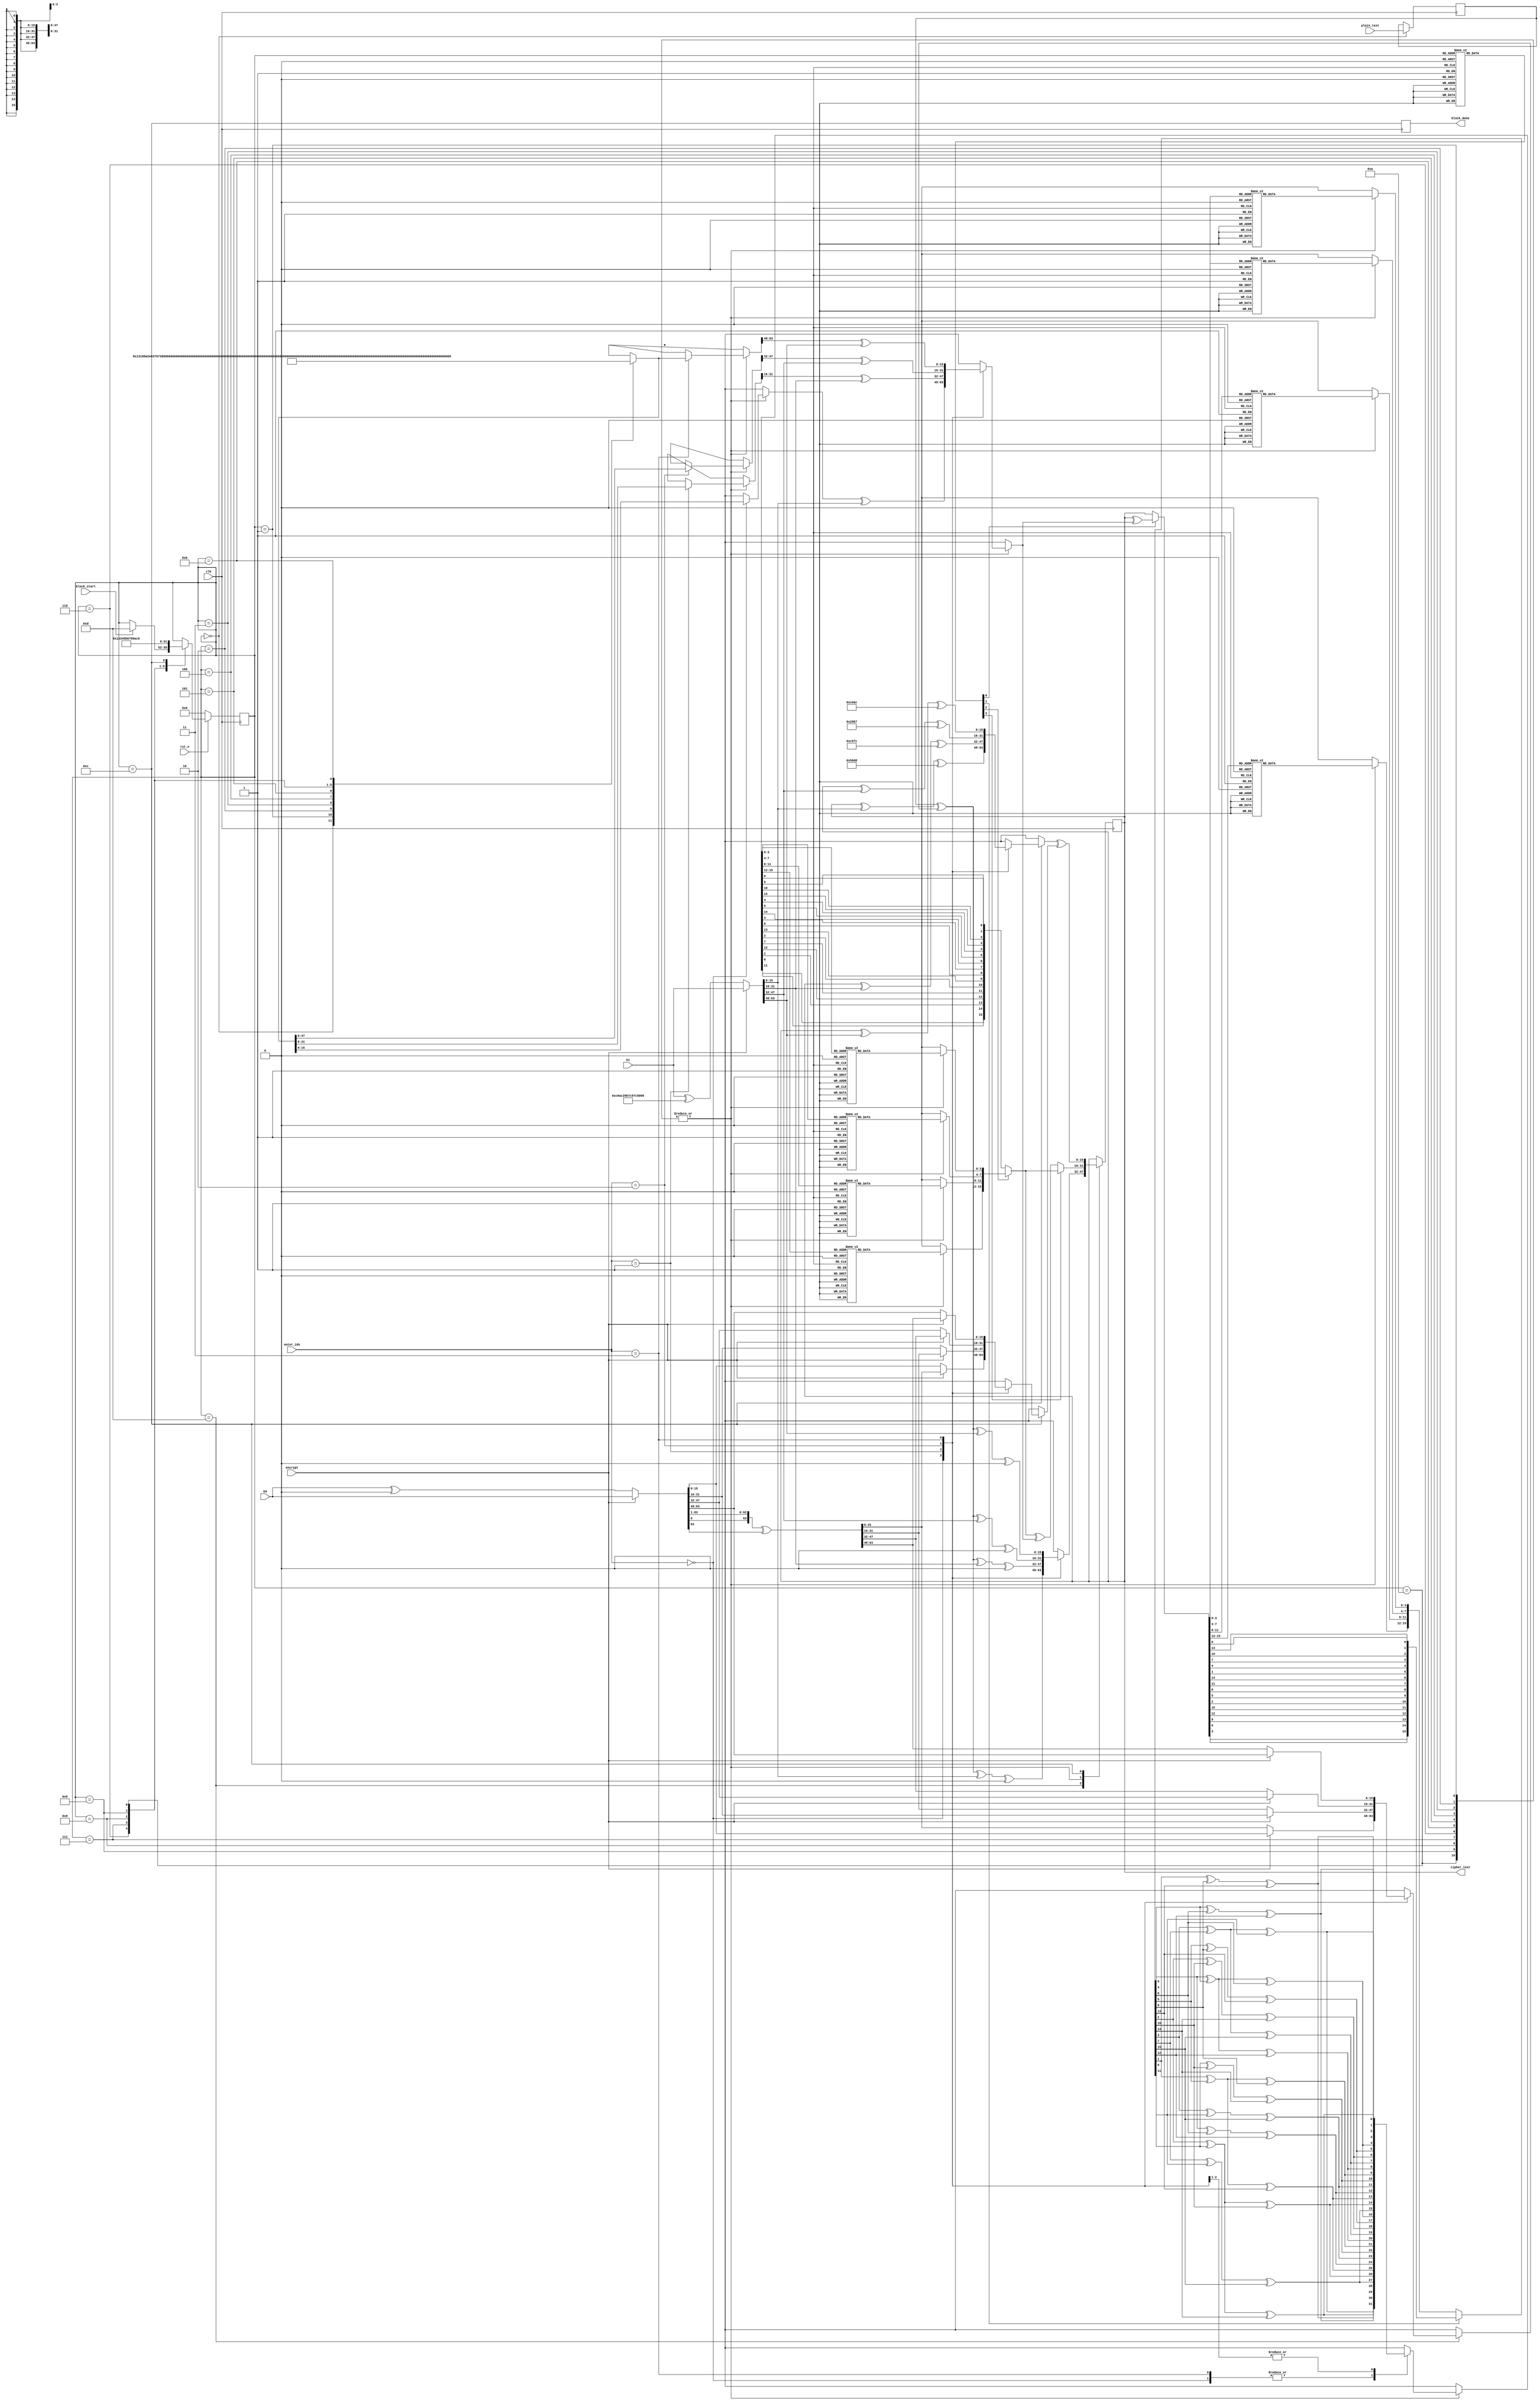
`timescale 1ns / 1ps
///////////////////////////////////////////////////////////////////////////////////////////////////////////////////////
// Company: 
// Engineer: 
// 
// Design Name: 
// Module Name: prince_core
// Project Name: 
// Target Devices: 
// Tool Versions: 
// Description: 
// 
// Dependencies: 
// 
// Revision:
// Revision 0.01 - File Created
// Additional Comments:
// 
///////////////////////////////////////////////////////////////////////////////////////////////////////////////////////

module prince_core(
    input  wire                 clk,
    input  wire                 rst_n,

    // control signal
    input  wire                 encrypt,            // choose if you want to decode or encode
    input  wire                 block_start,        // assert it for one cycle high to start the inner loop
    output reg                  block_done,         // one cycle high if result is done

    // data signal
    input  wire     [1:0]       outer_idx,          // 0-3 indicates which round of cipher is this inner loop executing
    input  wire     [63:0]      k0,
    input  wire     [63:0]      k1,
    input  wire     [15:0]      plain_text,         // plain text is only registered during (block_start==1)
    output reg      [15:0]      cipher_text         // cipher text value only valid during (block_done==1)
    );  

    //-----------------------------------------------------------------------------------------------------------------
    // Local constant and parameter definitions.
    //-----------------------------------------------------------------------------------------------------------------
    // FSM state for the inner loop (cipher core pipeline loop), execute sequentially
    // These FSM values are specially designed to be used as RC's address, don't change it unless you know it.
    localparam INNER_LOOP_IDLE        = 4'h0;      // hold cipher_text value, register plain_text value
    localparam INNER_LOOP_INPUT       = 4'hd;      // perform input whitenning (k0, k1)
    localparam INNER_LOOP_RC_1        = 4'h1;      
    localparam INNER_LOOP_RC_2        = 4'h2;     
    localparam INNER_LOOP_RC_3        = 4'h3;     
    localparam INNER_LOOP_RC_4        = 4'h4;     
    localparam INNER_LOOP_RC_5        = 4'h5;     
    localparam INNER_LOOP_MID         = 4'hb;
    localparam INNER_LOOP_RC_6        = 4'h6;     
    localparam INNER_LOOP_RC_7        = 4'h7;     
    localparam INNER_LOOP_RC_8        = 4'h8;     
    localparam INNER_LOOP_RC_9        = 4'h9;     
    localparam INNER_LOOP_RC_10       = 4'ha;     
    localparam INNER_LOOP_DONE        = 4'hc;       // perform output whitenning (k0, k1)

    // Alpha for decipher
    localparam ALPHA_K0 = 64'h0000000000000000;
    localparam ALPHA_K1 = 64'hc0ac29b7c97c50dd;

    // RC
    wire     [63:0]      RC      [11:0];
    assign RC[0]     = 64'h0000000000000000;
    assign RC[1]     = 64'h13198a2e03707344;
    assign RC[2]     = 64'ha4093822299f31d0;
    assign RC[3]     = 64'h082efa98ec4e6c89;
    assign RC[4]     = 64'h452821e638d01377;
    assign RC[5]     = 64'hbe5466cf34e90c6c;
    assign RC[6]     = 64'h7ef84f78fd955cb1;
    assign RC[7]     = 64'h85840851f1ac43aa;
    assign RC[8]     = 64'hc882d32f25323c54;
    assign RC[9]     = 64'h64a51195e0e3610d;
    assign RC[10]    = 64'hd3b5a399ca0c2399;
    assign RC[11]    = 64'hc0ac29b7c97c50dd;

    //-----------------------------------------------------------------------------------------------------------------
    // Pre-processing keys
    //-----------------------------------------------------------------------------------------------------------------
    wire    [63:0]  k0_alphaed          = encrypt ? k0 : k0 ^ ALPHA_K0;
    wire    [63:0]  k1_alphaed          = encrypt ? k1 : k1 ^ ALPHA_K1;
    wire    [63:0]  k0_alphaed_prime    = {k0_alphaed[0], k0_alphaed[63:1]} ^ {63'd0, k0_alphaed[63]};

    //-----------------------------------------------------------------------------------------------------------------
    // Define S-box functions
    //-----------------------------------------------------------------------------------------------------------------
    // LUT: S-box 4-bit version
    function [3:0] s_4b(input [3:0] x);
    begin
        case(x)
        4'h0: s_4b = 4'hb;
        4'h1: s_4b = 4'hf;
        4'h2: s_4b = 4'h3;
        4'h3: s_4b = 4'h2;
        4'h4: s_4b = 4'ha;
        4'h5: s_4b = 4'hc;
        4'h6: s_4b = 4'h9;
        4'h7: s_4b = 4'h1;
        4'h8: s_4b = 4'h6;
        4'h9: s_4b = 4'h7;
        4'ha: s_4b = 4'h8;
        4'hb: s_4b = 4'h0;
        4'hc: s_4b = 4'he;
        4'hd: s_4b = 4'h5;
        4'he: s_4b = 4'hd;
        4'hf: s_4b = 4'h4;
        endcase
    end
    endfunction

    // LUT: S-box inversion 4-bit version
    function [3:0] s_4b_inv(input [3:0] x); 
    begin
        case(x)
        4'h0: s_4b_inv = 4'hb;
        4'h1: s_4b_inv = 4'h7;
        4'h2: s_4b_inv = 4'h3;
        4'h3: s_4b_inv = 4'h2;
        4'h4: s_4b_inv = 4'hf;
        4'h5: s_4b_inv = 4'hd;
        4'h6: s_4b_inv = 4'h8;
        4'h7: s_4b_inv = 4'h9;
        4'h8: s_4b_inv = 4'ha;
        4'h9: s_4b_inv = 4'h6;
        4'ha: s_4b_inv = 4'h4;
        4'hb: s_4b_inv = 4'h0;
        4'hc: s_4b_inv = 4'h5;
        4'hd: s_4b_inv = 4'he;
        4'he: s_4b_inv = 4'hc;
        4'hf: s_4b_inv = 4'h1;
        endcase
    end 
    endfunction

    // LUT: S-box 16-bit version
    function [15:0] s(input [15:0] x);
    begin
        s[3:0]      = s_4b(x[3:0]);
        s[7:4]      = s_4b(x[7:4]);
        s[11:8]     = s_4b(x[11:8]);
        s[15:12]    = s_4b(x[15:12]);
    end
    endfunction

    // LUT: S-box inversion 16-bit version
    function [15:0] s_inv(input [15:0] x);
    begin
        s_inv[3:0]      = s_4b_inv(x[3:0]);
        s_inv[7:4]      = s_4b_inv(x[7:4]);
        s_inv[11:8]     = s_4b_inv(x[11:8]);
        s_inv[15:12]    = s_4b_inv(x[15:12]);
    end
    endfunction

    //-----------------------------------------------------------------------------------------------------------------
    // Define m (linear or P-box) functions
    //-----------------------------------------------------------------------------------------------------------------
    // m0 function
    function [15:0] m0(input [15:0] x);
    begin
        m0[0]    = x[0] ^ x[4]  ^ x[8];
        m0[1]    = x[5] ^ x[9]  ^ x[13];
        m0[2]    = x[2] ^ x[10] ^ x[14];
        m0[3]    = x[3] ^ x[7]  ^ x[15];
        m0[4]    = x[0] ^ x[4]  ^ x[12];
        m0[5]    = x[1] ^ x[5]  ^ x[9];
        m0[6]    = x[6] ^ x[10] ^ x[14];
        m0[7]    = x[3] ^ x[11] ^ x[15];
        m0[8]    = x[0] ^ x[8]  ^ x[12];
        m0[9]    = x[1] ^ x[5]  ^ x[13];
        m0[10]   = x[2] ^ x[6]  ^ x[10];
        m0[11]   = x[7] ^ x[11] ^ x[15];
        m0[12]   = x[4] ^ x[8]  ^ x[12];
        m0[13]   = x[1] ^ x[9]  ^ x[13];
        m0[14]   = x[2] ^ x[6]  ^ x[14];
        m0[15]   = x[3] ^ x[7]  ^ x[11];
    end
    endfunction

    // m1 function
    function [15:0] m1(input [15:0] x);
    begin
        m1[0]    = x[4] ^ x[8]  ^ x[12];
        m1[1]    = x[1] ^ x[9]  ^ x[13];
        m1[2]    = x[2] ^ x[6]  ^ x[14];
        m1[3]    = x[3] ^ x[7]  ^ x[11];
        m1[4]    = x[0] ^ x[4]  ^ x[8];
        m1[5]    = x[5] ^ x[9]  ^ x[13];
        m1[6]    = x[2] ^ x[10] ^ x[14];
        m1[7]    = x[3] ^ x[7]  ^ x[15];
        m1[8]    = x[0] ^ x[4]  ^ x[12];
        m1[9]    = x[1] ^ x[5]  ^ x[9];
        m1[10]   = x[6] ^ x[10] ^ x[14];
        m1[11]   = x[3] ^ x[11] ^ x[15];
        m1[12]   = x[0] ^ x[8]  ^ x[12];
        m1[13]   = x[1] ^ x[5]  ^ x[13];
        m1[14]   = x[2] ^ x[6]  ^ x[10];
        m1[15]   = x[7] ^ x[11] ^ x[15];
    end
    endfunction

    // m prime function
    function [15:0] mprime(input [15:0] x, input [1:0] outer_idx);
    begin
        case(outer_idx)
        2'b00, 2'b11:   mprime = m0(x);
        2'b01, 2'b10:   mprime = m1(x);
        endcase
    end

    endfunction
    
    //-----------------------------------------------------------------------------------------------------------------
    // Define sr
    //-----------------------------------------------------------------------------------------------------------------
    // sr function
    function [15:0] sr(input [15:0] x);
    begin
        sr[0]    = x[0];
        sr[1]    = x[5];
        sr[2]    = x[10];
        sr[3]    = x[15];
        sr[4]    = x[4];
        sr[5]    = x[9];
        sr[6]    = x[14];
        sr[7]    = x[3];
        sr[8]    = x[8];
        sr[9]    = x[13];
        sr[10]   = x[2];
        sr[11]   = x[7];
        sr[12]   = x[12];
        sr[13]   = x[1];
        sr[14]   = x[6];
        sr[15]   = x[11];
    end
    endfunction

    // sr inversion function
    function [15:0] sr_inv(input [15:0] x);
    begin
        sr_inv[0]    = x[0];
        sr_inv[5]    = x[1];
        sr_inv[10]   = x[2];
        sr_inv[15]   = x[3];
        sr_inv[4]    = x[4];
        sr_inv[9]    = x[5];
        sr_inv[14]   = x[6];
        sr_inv[3]    = x[7];
        sr_inv[8]    = x[8];
        sr_inv[13]   = x[9];
        sr_inv[2]    = x[10];
        sr_inv[7]    = x[11];
        sr_inv[12]   = x[12];
        sr_inv[1]    = x[13];
        sr_inv[6]    = x[14];
        sr_inv[11]   = x[15];
    end
    endfunction

    //-----------------------------------------------------------------------------------------------------------------
    // Define final R box and R' box.
    // @param x: the 16bit sub input data.
    // @param key: the 16bit sub-key.
    // @param outer_idx: the index of outer loop.
    // @param rc_idx: which RC value should be used for this R block.
    // @param flag: each bit is an independent flag used to reconfigure the r_box.
    //-----------------------------------------------------------------------------------------------------------------
    function [15:0] r_box(input [15:0] x, input [3:0] rc_idx, input [3:0] flag);
    begin: r_block_func
        // local nets
        reg    [15:0]      net_0;
        reg    [15:0]      net_1;
        reg    [15:0]      net_2;
        reg    [15:0]      net_3;
        reg    [15:0]      rc_local;

        // fetch rc and xor with k1
        case (outer_idx)
        2'd0: rc_local     = RC[rc_idx][15:0]  ^ k1_alphaed[15:0];
        2'd1: rc_local     = RC[rc_idx][31:16] ^ k1_alphaed[31:16];
        2'd2: rc_local     = RC[rc_idx][47:32] ^ k1_alphaed[47:32];
        2'd3: rc_local     = RC[rc_idx][63:48] ^ k1_alphaed[63:48];
        endcase

        // processing: inv_flag ? R'() : R()
        net_0               = flag[0] ?    x ^ rc_local    : x;
        net_1               = flag[1] ?    sr_inv(net_0)   : s(net_0);
        net_2               = mprime(net_1, outer_idx);
        net_3               = flag[2] ?    s_inv(net_2)    : sr(net_2);
        r_box               = flag[3] ?    net_3           : net_3 ^ rc_local; 
    end
    endfunction

    //-----------------------------------------------------------------------------------------------------------------
    // Input and ouput whitening block
    //-----------------------------------------------------------------------------------------------------------------
    // Input whitening block
    function [15:0] cipher_k1_input(input [15:0] x);
    begin
        case (outer_idx)
        2'd0:  cipher_k1_input = x ^ k1_alphaed[15:0]  ^ RC[0][15:0];
        2'd1:  cipher_k1_input = x ^ k1_alphaed[31:16] ^ RC[0][31:16];
        2'd2:  cipher_k1_input = x ^ k1_alphaed[47:32] ^ RC[0][47:32];
        2'd3:  cipher_k1_input = x ^ k1_alphaed[63:48] ^ RC[0][63:48];
        endcase
    end
    endfunction

    // Output whitening block
    function [15:0] cipher_k1_output(input [15:0] x);
    begin
        case (outer_idx)
        2'd0:  cipher_k1_output = x ^ k1_alphaed[15:0]  ^ RC[11][15:0];
        2'd1:  cipher_k1_output = x ^ k1_alphaed[31:16] ^ RC[11][31:16];
        2'd2:  cipher_k1_output = x ^ k1_alphaed[47:32] ^ RC[11][47:32];
        2'd3:  cipher_k1_output = x ^ k1_alphaed[63:48] ^ RC[11][63:48];
        endcase
    end
    endfunction

    //-----------------------------------------------------------------------------------------------------------------
    // Input and output cipher with k0
    //-----------------------------------------------------------------------------------------------------------------
    function [15:0] cipher_k0_input(input [15:0] x); 
    begin: cipher_k0_input_func
        reg     [15:0]      k0_local;

        case (outer_idx)
        2'd0: k0_local = encrypt ? k0_alphaed[15:0]  : k0_alphaed_prime[15:0];
        2'd1: k0_local = encrypt ? k0_alphaed[31:16] : k0_alphaed_prime[31:16];
        2'd2: k0_local = encrypt ? k0_alphaed[47:32] : k0_alphaed_prime[47:32];
        2'd3: k0_local = encrypt ? k0_alphaed[63:48] : k0_alphaed_prime[63:48];
        endcase

        cipher_k0_input = x ^ k0_local;
    end
    endfunction

    function [15:0] cipher_k0_output(input [15:0] x); 
    begin: cipher_k0_output_func
        reg     [15:0]      k0_local;

        case (outer_idx)
        2'd0: k0_local = encrypt ? k0_alphaed_prime[15:0]  : k0_alphaed[15:0];
        2'd1: k0_local = encrypt ? k0_alphaed_prime[31:16] : k0_alphaed[31:16];
        2'd2: k0_local = encrypt ? k0_alphaed_prime[47:32] : k0_alphaed[47:32];
        2'd3: k0_local = encrypt ? k0_alphaed_prime[63:48] : k0_alphaed[63:48];
        endcase

        cipher_k0_output = x ^ k0_local;
    end
    endfunction

    //-----------------------------------------------------------------------------------------------------------------
    // Prince core CFB process
    //-----------------------------------------------------------------------------------------------------------------
    // perform prince core major block: FSM states
    reg     [3:0]       state;
    always @(posedge clk) begin
        if(!rst_n) begin
            state           <= INNER_LOOP_IDLE;
        end else begin
            case (state)
            INNER_LOOP_IDLE: begin
                if(block_start) begin
                    state   <= INNER_LOOP_INPUT;
                end
            end

            INNER_LOOP_INPUT: begin
                state       <= INNER_LOOP_RC_1;
            end

            INNER_LOOP_RC_1: begin
                state       <= INNER_LOOP_RC_2;
            end

            INNER_LOOP_RC_2: begin
                state       <= INNER_LOOP_RC_3;
            end

            INNER_LOOP_RC_3: begin
                state       <= INNER_LOOP_RC_4;
            end

            INNER_LOOP_RC_3: begin
                state       <= INNER_LOOP_RC_4;
            end

            INNER_LOOP_RC_4: begin
                state       <= INNER_LOOP_RC_5;
            end

            INNER_LOOP_RC_5: begin
                state       <= INNER_LOOP_MID;
            end

            INNER_LOOP_MID: begin
                state       <= INNER_LOOP_RC_6;
            end

            INNER_LOOP_RC_6: begin
                state       <= INNER_LOOP_RC_7;
            end

            INNER_LOOP_RC_7: begin
                state       <= INNER_LOOP_RC_8;
            end

            INNER_LOOP_RC_8: begin
                state       <= INNER_LOOP_RC_9;
            end

            INNER_LOOP_RC_9: begin
                state       <= INNER_LOOP_RC_10;
            end

            INNER_LOOP_RC_10: begin
                state       <= INNER_LOOP_DONE;
            end
            
            INNER_LOOP_DONE: begin
                state       <= INNER_LOOP_IDLE;
            end
                
            endcase
        end
    end

    // done signal
    always @(posedge clk) begin
        block_done        <= (state == INNER_LOOP_DONE);
    end

    // perform prince core major block: Change the structure flag which reconfigures the prince core
    reg     [3:0]       struc_flag;
    always @(*) begin
        case (state)
        INNER_LOOP_RC_1, INNER_LOOP_RC_2, INNER_LOOP_RC_3, INNER_LOOP_RC_4, INNER_LOOP_RC_5: begin
            struc_flag    = {1'b0, 1'b0, 1'b0, 1'b0};
        end

        INNER_LOOP_MID: begin
            struc_flag    = {1'b1, 1'b1, 1'b0, 1'b0};
        end

        INNER_LOOP_RC_6, INNER_LOOP_RC_7, INNER_LOOP_RC_8, INNER_LOOP_RC_9, INNER_LOOP_RC_10: begin
            struc_flag    = {1'b1, 1'b1, 1'b1, 1'b1};
        end

        default: begin
            struc_flag    = {1'b1, 1'b0, 1'b0, 1'b1};
        end
        endcase
    end

    // register plain_text value to prevent I/O setup timing violation
    reg     [15:0]      plain_text_r;

    // perform prince core major block: FSM execution
    always @(posedge clk) begin
        case (state)
        INNER_LOOP_IDLE: begin
            plain_text_r    <= plain_text;
        end

        INNER_LOOP_INPUT: begin
            cipher_text     <= cipher_k1_input(cipher_k0_input(plain_text_r));
        end

        INNER_LOOP_RC_1, INNER_LOOP_RC_2, INNER_LOOP_RC_3, INNER_LOOP_RC_4, INNER_LOOP_RC_5, INNER_LOOP_MID, 
        INNER_LOOP_RC_6, INNER_LOOP_RC_7, INNER_LOOP_RC_8, INNER_LOOP_RC_9, INNER_LOOP_RC_10: begin
            cipher_text     <= r_box(cipher_text, state, struc_flag);
        end
        
        INNER_LOOP_DONE: begin
            cipher_text     <= cipher_k0_output(cipher_k1_output(cipher_text));
        end
            
        endcase
    end

endmodule